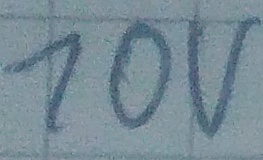
Text: 10V